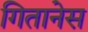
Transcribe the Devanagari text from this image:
गितानेस